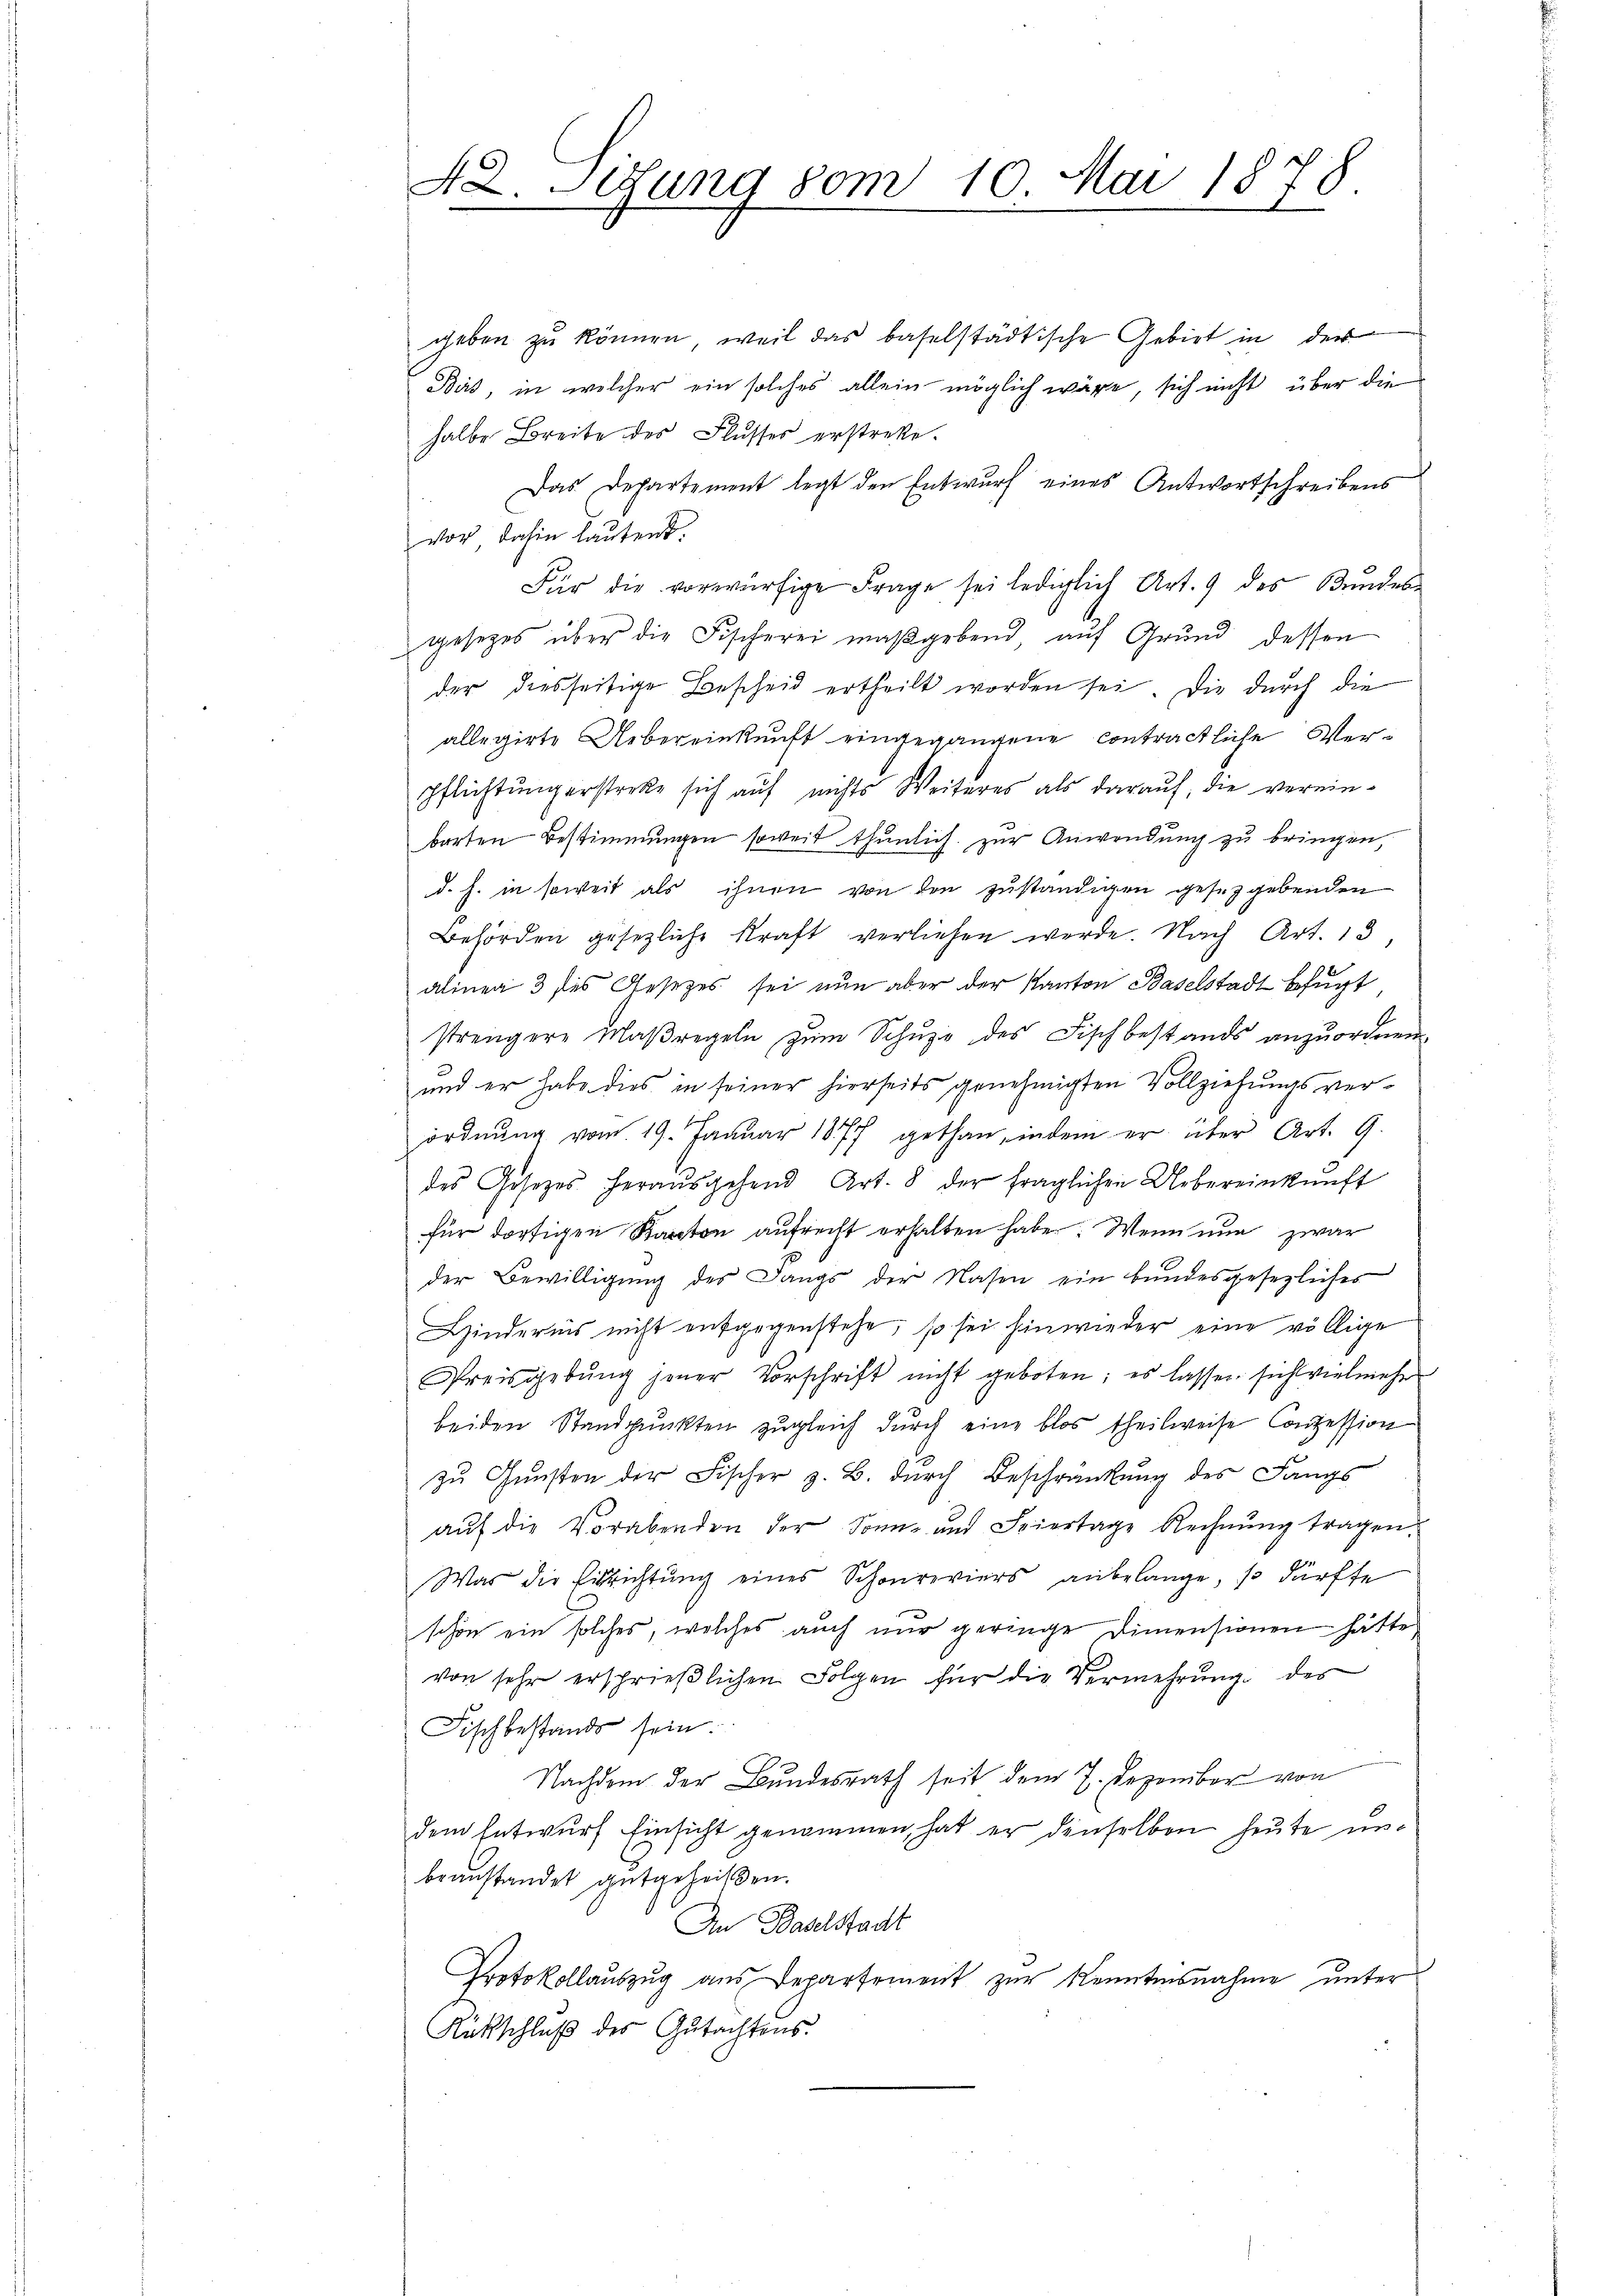
geben zŭ können, weil das baselstädtische Gebiet in der
Birt, in welcher ein solches allein möglich wäre, sich nicht über die
halbe Breite des Flusses erstreke.
Das Departement legt den Entwurf eines Antwortschreibens
vor, dahin lautent.
Für die vorwürfige Frage sei lediglich Art. 9 des Bundebe
gesetzes über die Fischerei maßgebend auf Grund dessen
der diesseitige Bescheid ertheilt worden sei. Die durch die
allegirte Uebereinkunft eingegangene contractliche Verpflichtung erstreke sich auf nichts Weiteres als darauf, die verein-
barten Bestimmungen soweit thunlich zur Anwendung zu bringen,
d. h. in soweit als ihnen von den zuständigen gesetzgebenden
Behörden gesetzliche Kraft verliehen werde. Nach Art. 13,
alinea 3 des Gesezes sei nun aber der Kanton Baselstadt befugt
strengere Maßregeln zŭm Schŭze des Fisch bestands anzŭordnen.
und er habe dies in seiner hierseits genehmigten Vollziehungsver-
ordnung vom 19. Januar 1877 gethan, indem er über Art. 9.
des Gesetzes heraŭsgehend Art. 8 der fraglichen Uebereinkunft
für dortigen Kanton aufrecht erhalten habe. Wenn nun zwar
der Bewilligung des Langs der Nasen ein bundesgesezliches
Hindernis nicht entgegenstehe, so sei hinwieder eine völlige
Preisgebŭng jener Vorschrift nicht geboten; es lassen sicht vielmehr
beiden Standpunkten zugleich durch eine blos theilweise Conzession
zu Gunsten der Fischer z. B. durch Beschränkung des Sangs
aŭf die Vorabenden der Sonn- und Spiertage Rechnŭng tragen.
Was die Einrichtŭng eines Schonreviers anbelange, so dürfte
schon ein solches, welches auch nur geringe Dimensionen hätte
von sehr ersprieβlichen Folgen für die Vermehrŭng des
Fisch bestands sein.
Nachdem der Bundesrath seit dem 7. Dezember von
dem Entwurf Einsicht genommen, hat er denselben heute unbeanstandet gutgeheißen.
An Baselstadt
Protokollauszug aus Departement zur Kenntnisnahme unter
Rückschluß des Gutachtens.

42. und vom 10. Mai 1878.
u